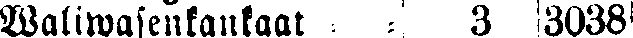
Waliwasenkankaat - - 3 3038